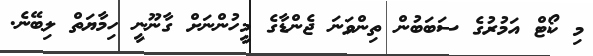
މި ކޯޓް އަމުރުގެ ސަބަބުން ތިންވަނަ ޖެންޑާގެ މީހުންނަށް ގާނޫނީ ހިމާޔަތް ލިބޭނެ.